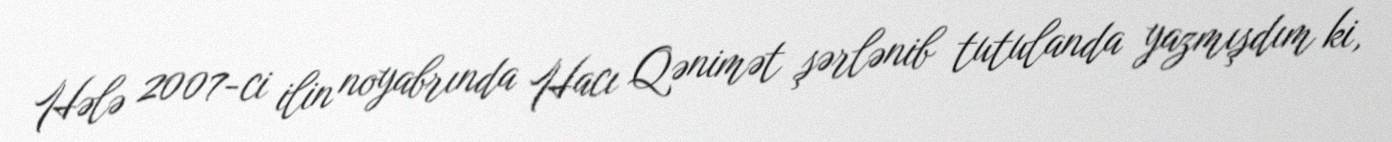
Hələ 2007-ci ilin noyabrında Hacı Qənimət şərlənib tutulanda yazmışdım ki,